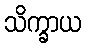
သိက္ခာယ